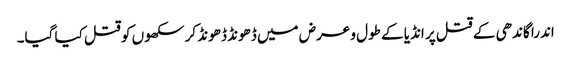
اندرا گاندھی کے قتل پر انڈیا کے طول و عرض میں ڈھونڈ ڈھونڈ کر سکھوں کو قتل کیا گیا۔